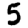
Digit: 5